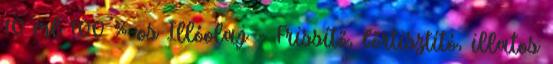
10 ml 100 %-os Illóolaj - Frissítő, bőrtisztító, illatos